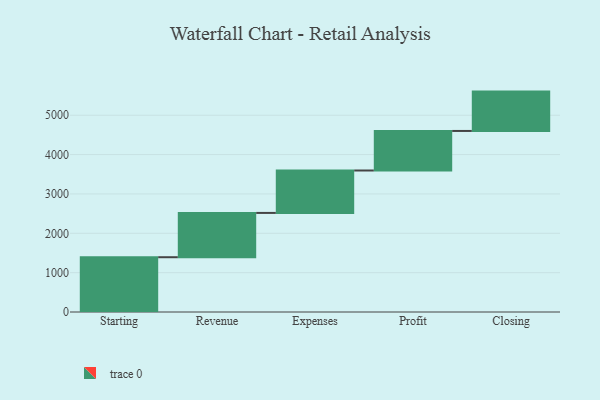
{"axis": {"x": "Step", "y": "Value"}, "legend": [""], "data": [{"x": "Starting", "y": 1392.0, "type": ""}, {"x": "Revenue", "y": 1126.0, "type": ""}, {"x": "Expenses", "y": 1078.0, "type": ""}, {"x": "Profit", "y": 1005.0, "type": ""}, {"x": "Closing", "y": 1000, "type": ""}]}